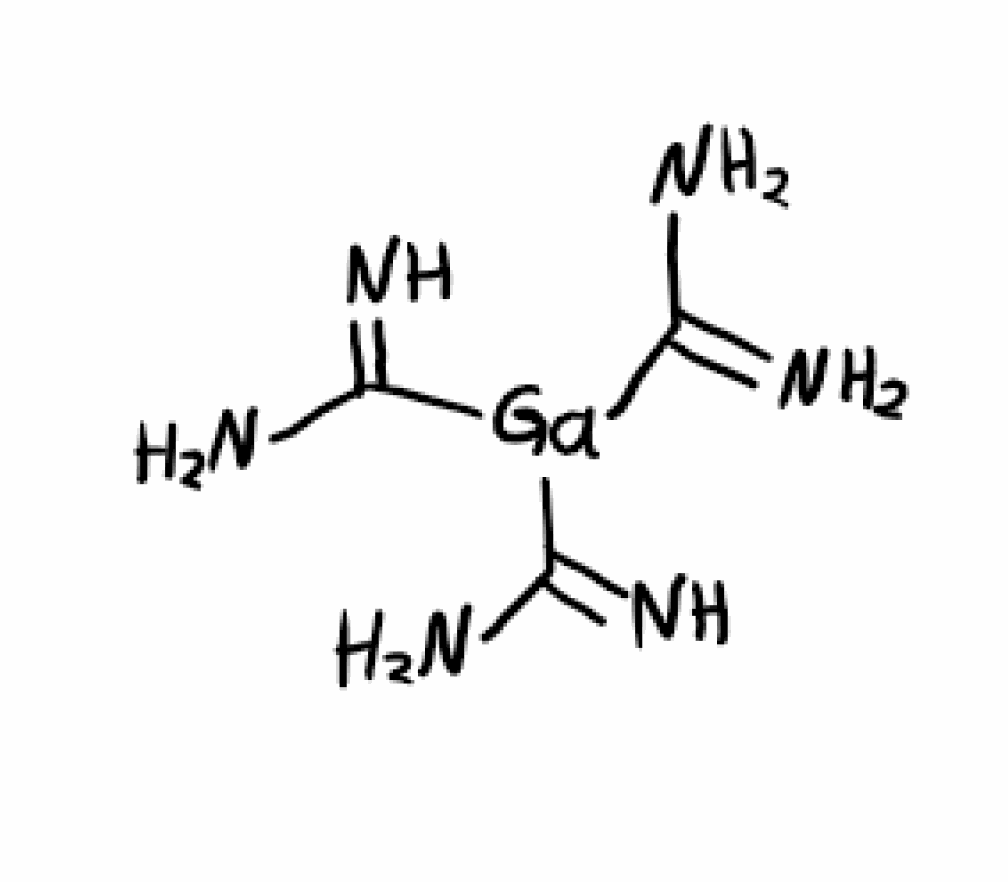
Simplified molecular-input line-entry system (SMILES) notation of the given molecule:
C(=N)(N)[Ga](C(=N)N)C(=N)N